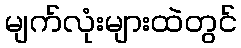
မျက်လုံးများထဲတွင်